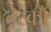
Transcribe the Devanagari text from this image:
ट्रेस्को